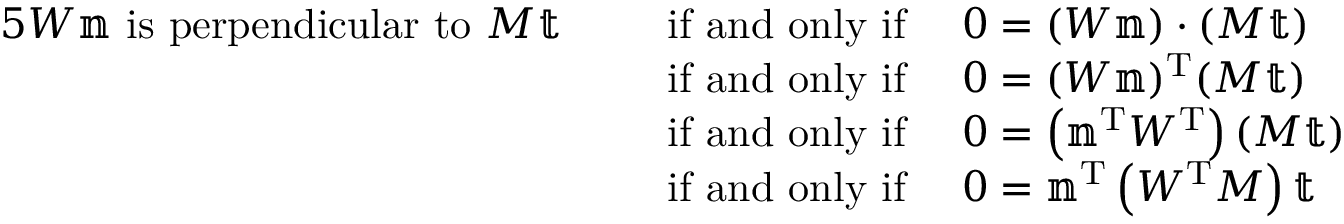
{ \begin{array} { r l } { { 5 } W \mathbb { n } { \mathrm { ~ i s ~ p e r p e n d i c u l a r ~ t o ~ } } M \mathbb { t } \quad \, } & { { \mathrm { ~ i f ~ a n d ~ o n l y ~ i f ~ } } \quad 0 = ( W \mathbb { n } ) \cdot ( M \mathbb { t } ) } \\ & { { \mathrm { ~ i f ~ a n d ~ o n l y ~ i f ~ } } \quad 0 = ( W \mathbb { n } ) ^ { \mathrm { T } } ( M \mathbb { t } ) } \\ & { { \mathrm { ~ i f ~ a n d ~ o n l y ~ i f ~ } } \quad 0 = \left( \mathbb { n } ^ { \mathrm { T } } W ^ { \mathrm { T } } \right) ( M \mathbb { t } ) } \\ & { { \mathrm { ~ i f ~ a n d ~ o n l y ~ i f ~ } } \quad 0 = \mathbb { n } ^ { \mathrm { T } } \left( W ^ { \mathrm { T } } M \right) \mathbb { t } } \end{array} }